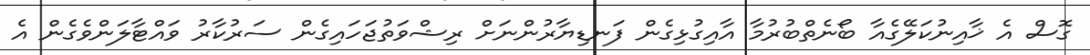
ގޮސް އެ ޚާއިނުކަލޭގެއާ ބޯނެތްބުރުމާ އާއިގުޅިގެން ފަނޑިޔާރުންނަށް ރިޝްވަތުޖަހައިގެން ސަރުކާރު ވައްޓާލަންވެގެން އެ